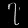
Digit: ၇